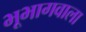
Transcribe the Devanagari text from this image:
भूभागवाला